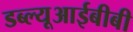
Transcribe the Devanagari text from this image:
डब्ल्यूआईबीबी